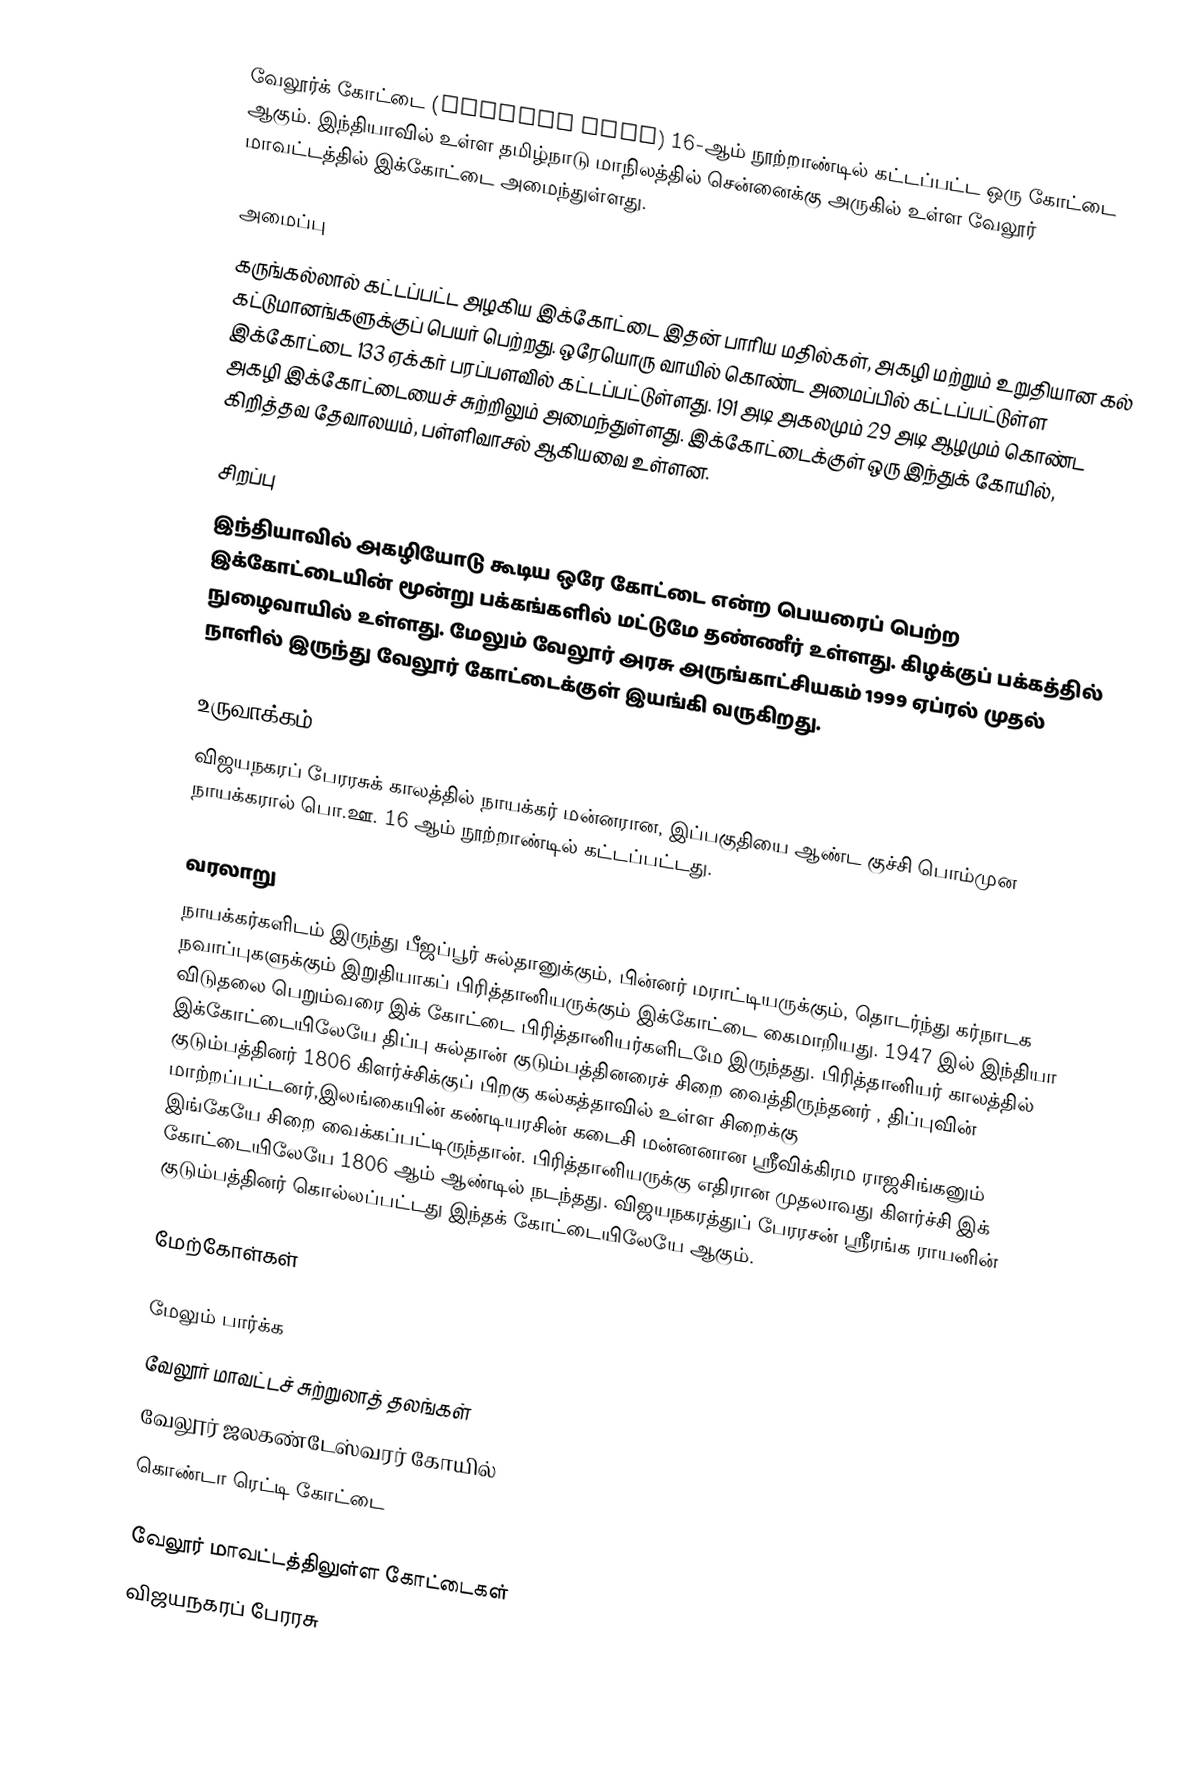
வேலூர்க் கோட்டை (Vellore Fort) 16-ஆம் நூற்றாண்டில் கட்டப்பட்ட ஒரு கோட்டை ஆகும். இந்தியாவில் உள்ள தமிழ்நாடு மாநிலத்தில் சென்னைக்கு அருகில் உள்ள வேலூர் மாவட்டத்தில் இக்கோட்டை அமைந்துள்ளது.

அமைப்பு
கருங்கல்லால் கட்டப்பட்ட அழகிய இக்கோட்டை இதன் பாரிய மதில்கள், அகழி மற்றும் உறுதியான கல் கட்டுமானங்களுக்குப் பெயர் பெற்றது. ஒரேயொரு வாயில் கொண்ட அமைப்பில் கட்டப்பட்டுள்ள இக்கோட்டை 133 ஏக்கர் பரப்பளவில் கட்டப்பட்டுள்ளது. 191 அடி அகலமும் 29 அடி ஆழமும் கொண்ட அகழி இக்கோட்டையைச் சுற்றிலும் அமைந்துள்ளது. இக்கோட்டைக்குள் ஒரு இந்துக் கோயில், கிறித்தவ தேவாலயம், பள்ளிவாசல் ஆகியவை உள்ளன.

சிறப்பு
இந்தியாவில் அகழியோடு கூடிய ஒரே கோட்டை என்ற பெயரைப் பெற்ற இக்கோட்டையின் மூன்று பக்கங்களில் மட்டுமே தண்ணீர் உள்ளது. கிழக்குப் பக்கத்தில் நுழைவாயில் உள்ளது. மேலும் வேலூர் அரசு அருங்காட்சியகம் 1999 ஏப்ரல் முதல் நாளில் இருந்து வேலூர் கோட்டைக்குள் இயங்கி வருகிறது.

உருவாக்கம்
விஜயநகரப் பேரரசுக் காலத்தில் நாயக்கர் மன்னரான, இப்பகுதியை ஆண்ட குச்சி பொம்முன நாயக்கரால் பொ.ஊ. 16 ஆம் நூற்றாண்டில் கட்டப்பட்டது.

வரலாறு
நாயக்கர்களிடம் இருந்து பீஜப்பூர் சுல்தானுக்கும், பின்னர் மராட்டியருக்கும், தொடர்ந்து கர்நாடக நவாப்புகளுக்கும் இறுதியாகப் பிரித்தானியருக்கும் இக்கோட்டை கைமாறியது. 1947 இல் இந்தியா விடுதலை பெறும்வரை இக் கோட்டை பிரித்தானியர்களிடமே இருந்தது. பிரித்தானியர் காலத்தில் இக்கோட்டையிலேயே திப்பு சுல்தான் குடும்பத்தினரைச் சிறை வைத்திருந்தனர் , திப்புவின் குடும்பத்தினர் 1806 கிளர்ச்சிக்குப் பிறகு கல்கத்தாவில் உள்ள சிறைக்கு மாற்றப்பட்டனர்,இலங்கையின் கண்டியரசின் கடைசி மன்னனான ஸ்ரீவிக்கிரம ராஜசிங்கனும் இங்கேயே சிறை வைக்கப்பட்டிருந்தான். பிரித்தானியருக்கு எதிரான முதலாவது கிளர்ச்சி இக் கோட்டையிலேயே 1806 ஆம் ஆண்டில் நடந்தது. விஜயநகரத்துப் பேரரசன் ஸ்ரீரங்க ராயனின் குடும்பத்தினர் கொல்லப்பட்டது இந்தக் கோட்டையிலேயே ஆகும்.

மேற்கோள்கள்

மேலும் பார்க்க
 வேலூர் மாவட்டச் சுற்றுலாத் தலங்கள்
 வேலூர் ஜலகண்டேஸ்வரர் கோயில்
 கொண்டா ரெட்டி கோட்டை

வேலூர் மாவட்டத்திலுள்ள கோட்டைகள்
விஜயநகரப் பேரரசு